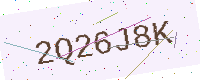
Text: 2Q26J8K